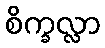
စိက္ခလ္လာ